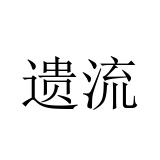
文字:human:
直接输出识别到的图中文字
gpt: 遗流